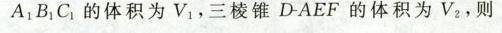
A1 B1 C1 的体积为 V1，三棱锥 D-AEF 的体积为 V2，则